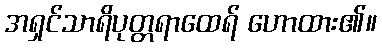
အရှင်သာရိပုတ္တရာထေရ် ဟောထား၏။